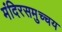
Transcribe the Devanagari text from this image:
मंदिरसमुच्चय